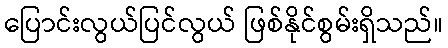
ပြောင်းလွယ်ပြင်လွယ် ဖြစ်နိုင်စွမ်းရှိသည်။